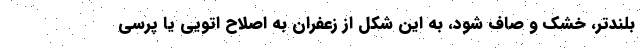
بلندتر، خشک و صاف شود، به این شکل از زعفران به اصلاح اتویی یا پرسی